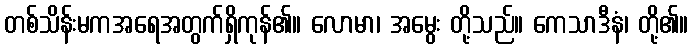
တစ်သိန်းမကအရေအတွက်ရှိကုန်၏။ လောမာ၊ အမွေး တို့သည်။ ကေသာဒီနံ၊ တို့၏။